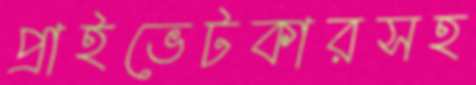
প্রাইভেটকারসহ